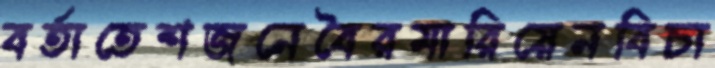
বর্তাতেশজনেবৈরমারিয়েনবিচা